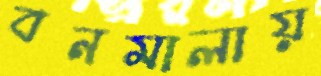
বনমালায়